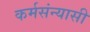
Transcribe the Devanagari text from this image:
कर्मसंन्यासी